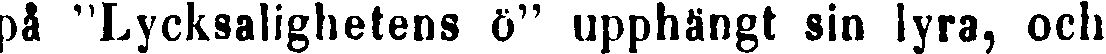
på "Lycksalighetens ö" upphängt sin lyra, och